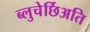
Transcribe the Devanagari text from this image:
ब्लुचेर्छिअति